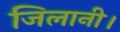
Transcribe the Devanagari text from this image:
जिलानी।